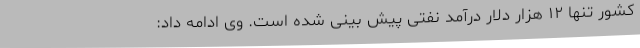
کشور تنها ۱۲ هزار دلار درآمد نفتی پیش بینی شده است. وی ادامه داد: